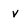
Character: v